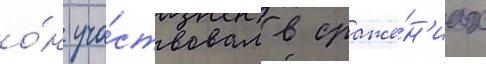
о́н уча́ствовал в сраже́н'иах